Indian journal of veterinary science and animal husbandry - Volume 9,
Year: 1939
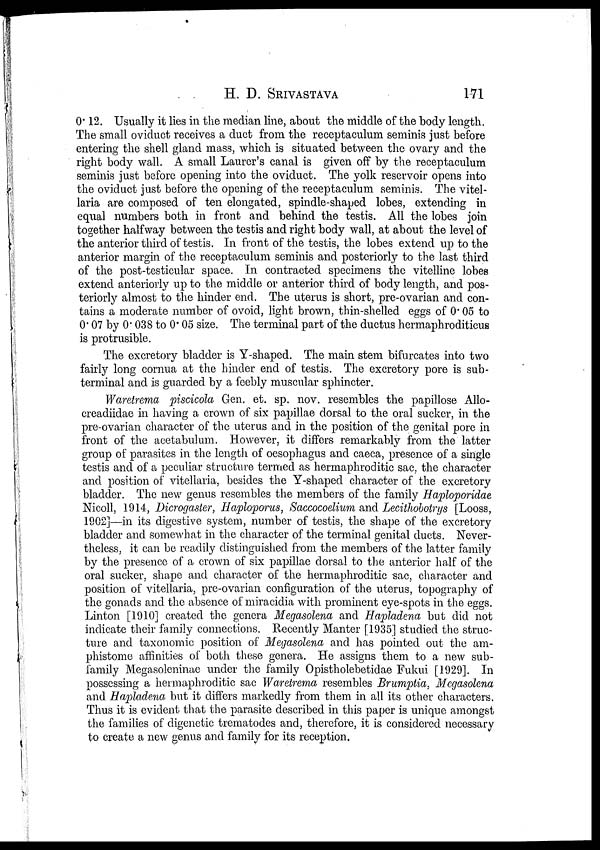
H. D.
SRIVASTAVA
171
0.12. Usually it lies in the median line, about the middle of the body length.
The small oviduct receives a duct from the receptaculum seminis just before
entering the shell gland mass, which is situated between the ovary and the
right body wall. A small Laurer's canal is given off by the receptaculum
seminis just before opening into the oviduct. The yolk reservoir opens into
the oviduct just before the opening of the receptaculum seminis. The vitel-
laria are composed of ten elongated, spindle-shaped lobes, extending in
equal numbers both in front and behind the testis. All the lobes join
together halfway between the testis and right body wall, at about the level of
the anterior third of testis. In front of the testis, the lobes extend up to the
anterior margin of the receptaculum seminis and posteriorly to the last third
of the post-testicular space. In contracted specimens the vitelline lobes
extend anteriorly up to the middle or anterior third of body length, and pos-
teriorly almost to the hinder end. The uterus is short, pre-ovarian and con-
tains a moderate number of ovoid, light brown, thin-shelled eggs of 0.05 to
0.07 by 0.038 to 0.05 size. The terminal part of the ductus hermaphroditicus
is protrusible.
The excretory bladder is Y-shaped. The main stem bifurcates into two
fairly long cornua at the hinder end of testis. The excretory pore is sub-
terminal and is guarded by a feebly muscular sphincter.
Waretrema piscicola Gen. et. sp. nov. resembles the papillose Allo¬
creadiidae in having a crown of six papillae dorsal to the oral sucker, in the
pre-ovarian character of the uterus and in the position of the genital pore in
front of the acetabulum. However, it differs remarkably from the latter
group of parasites in the length of oesophagus and caeca, presence of a single
testis and of a peculiar structure termed as hermaphroditic sac, the character
and position of vitellaria, besides the Y-shaped character of the excretory
bladder. The new genus resembles the members of the family Haploporidae
Nicoll, 1914, Dicrogaster, Haploporus, Saccocoelium and Lecithobotrys [Looss,
1902]—in its digestive system, number of testis, the shape of the excretory
bladder and somewhat in the character of the terminal genital ducts. Never-
theless, it can be readily distinguished from the members of the latter family
by the presence of a crown of six papillae dorsal to the anterior half of the
oral sucker, shape and character of the hermaphroditic sac, character and
position of vitellaria, pre-ovarian configuration of the uterus, topography of
the gonads and the absence of miracidia with prominent eye-spots in the eggs.
Linton [1910] created the genera Megasolena and Hapladena but did not
indicate their family connections. Recently Manter [1935] studied the struc-
ture and taxonomic position of Megasolena and has pointed out the am-
phistome affinities of both these genera. He assigns them to a new sub-
family Megasoleninae under the family Opistholebetidae Fukui [1929]. In
possessing a hermaphroditic sac Waretrema resembles Brumptia, Megasolena
and Hapladena but it differs markedly from them in all its other characters.
Thus it is evident that the parasite described in this paper is unique amongst
the families of digenetic trematodes and, therefore, it is considered necessary
to create a new genus and family for its reception.